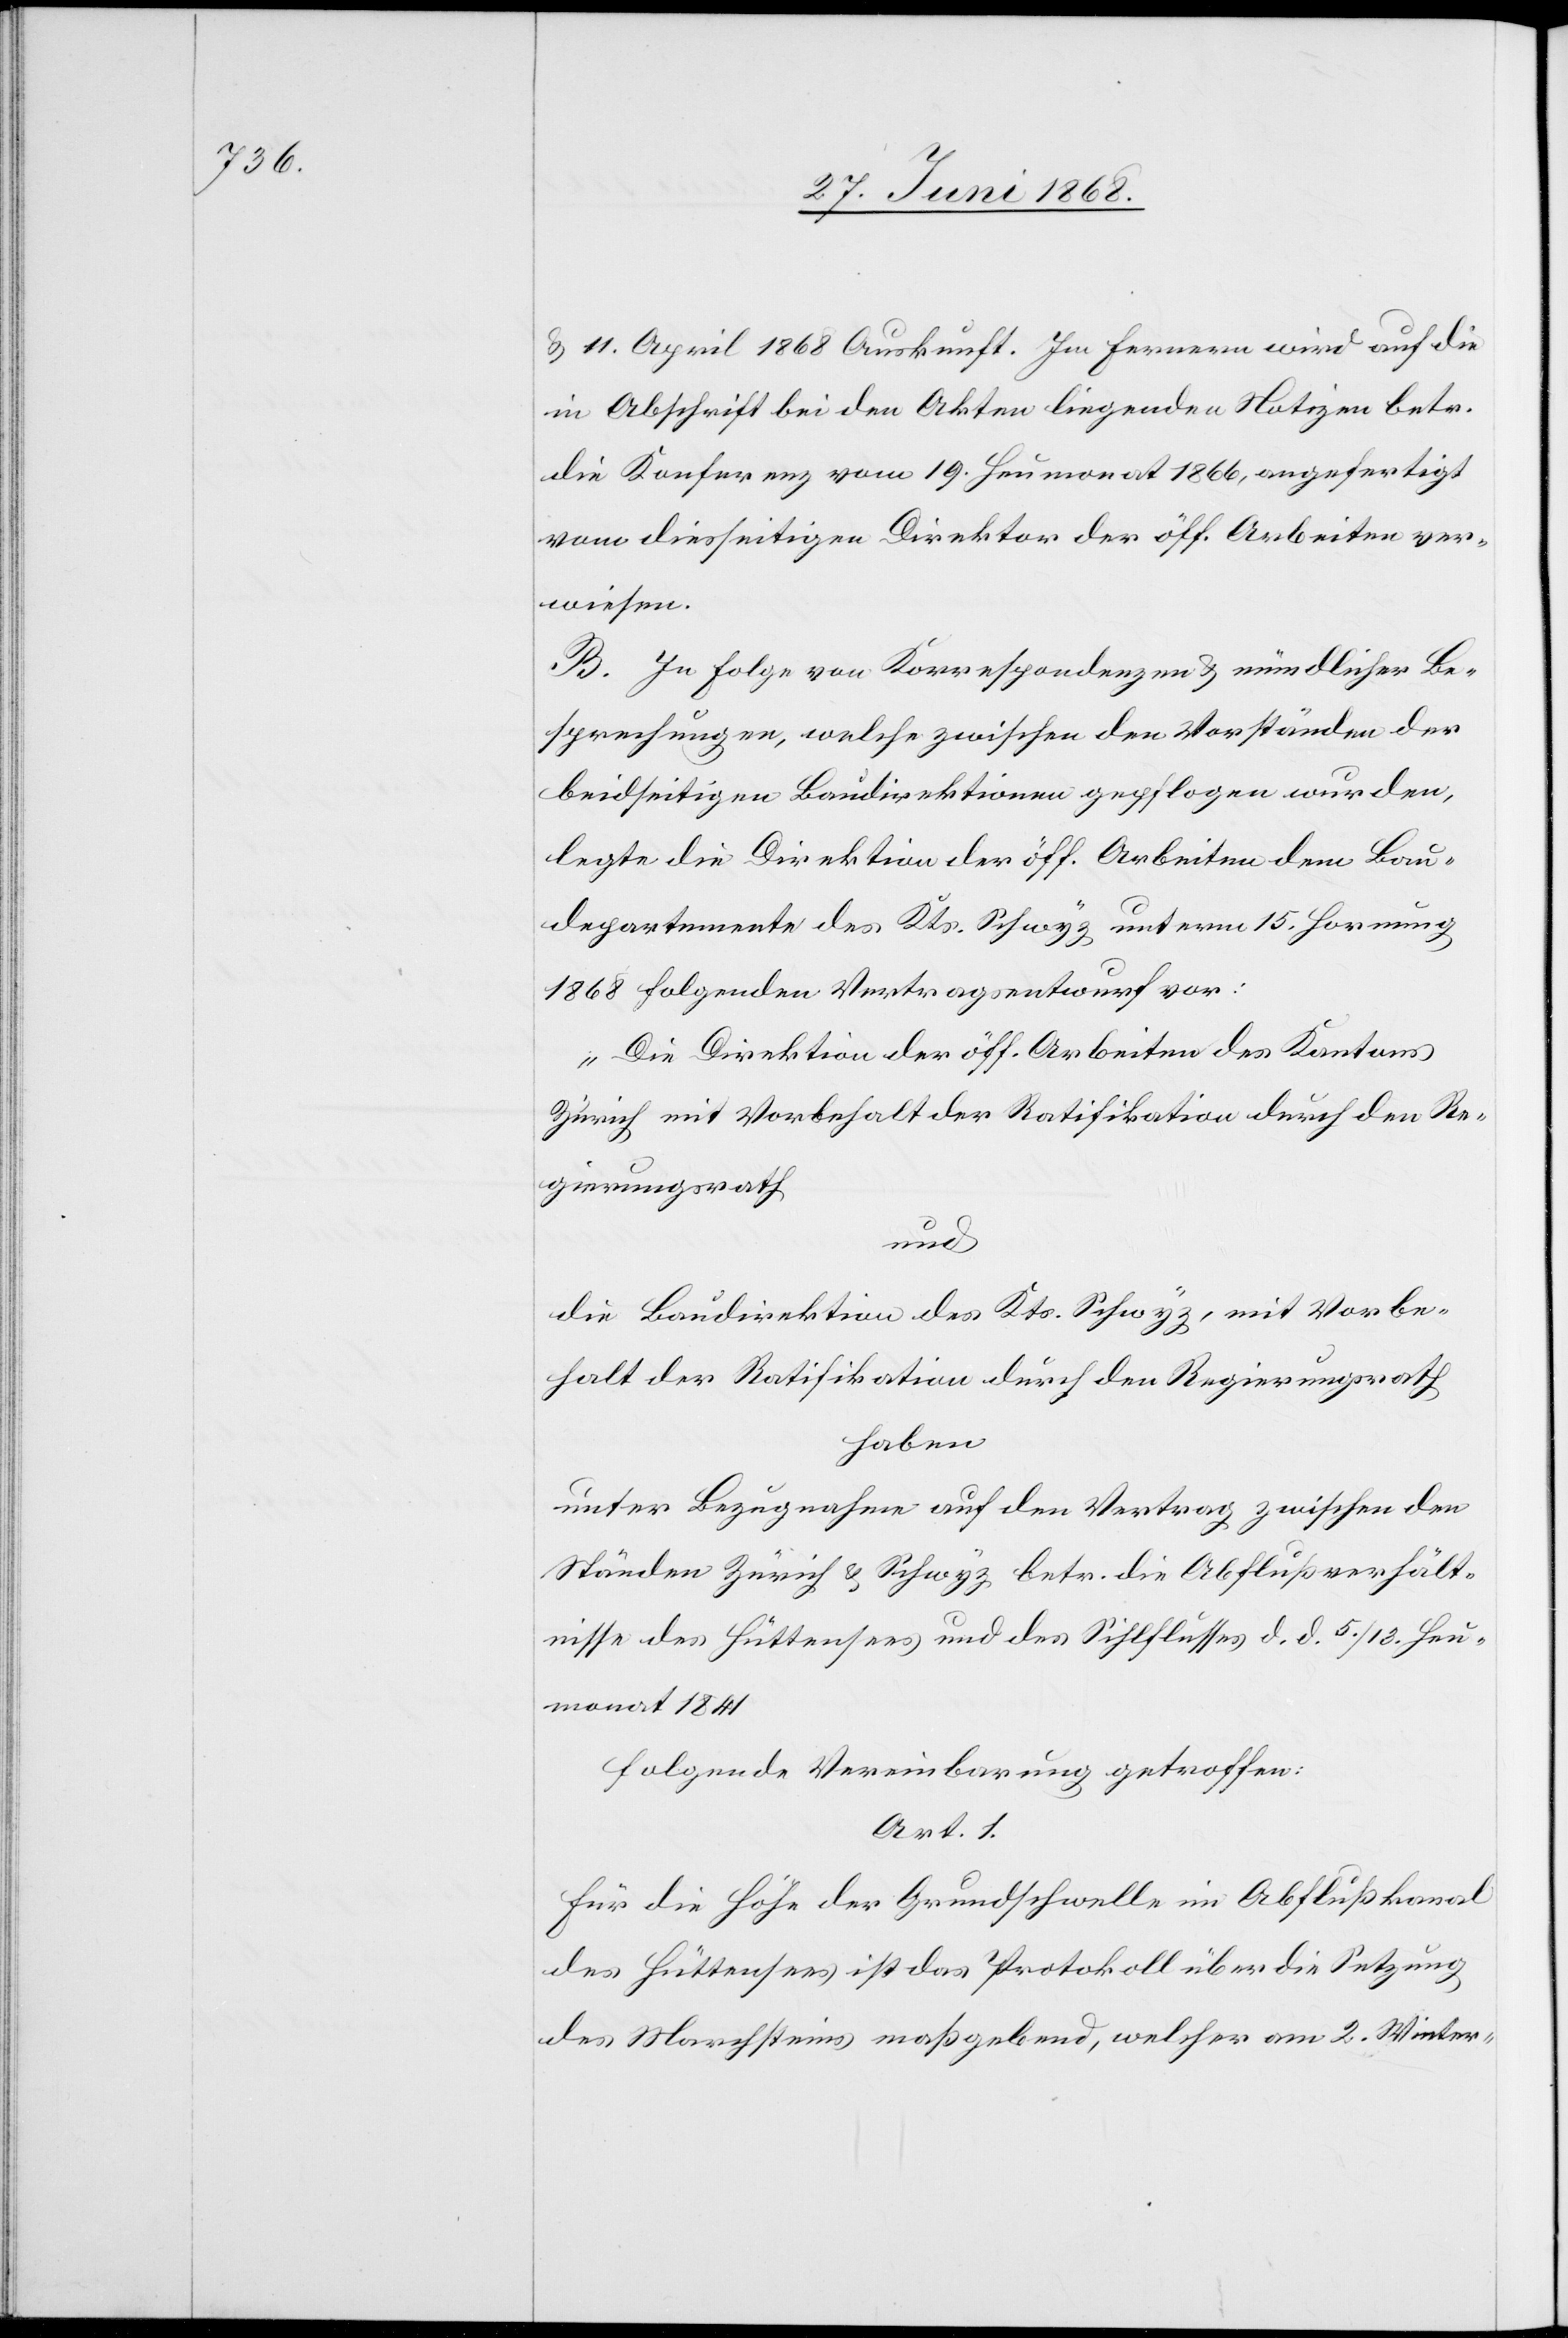
& 11. April 1868 Auskunft. Im Fernern wird auf die
in Abschrift bei den Akten liegenden Notizen betr.
die Konferenz vom 19. Heumonat 1866, angefertigt
vom diesseitigen Direktor der öff. Arbeiten ver¬
wiesen.
B. In Folge von Korrespondenzen & mündlicher Be¬
sprechungen, welche zwischen den Vorständen der
beidseitigen Baudirektionen gepflogen wurden,
legte die Direktion der öff. Arbeiten dem Bau¬
departemente des Kts. Schwyz unterm 15. Hornung
1868 folgenden Vertragsentwurf vor:
„Die Direktion der öff. Arbeiten des Kantons
Zürich mit Vorbehalt der Ratifikation durch den Re¬
gierungsrath
und
die Baudirektion des Kts. Schwyz, mit Vorbe¬
halt der Ratifikation durch den Regierungsrath
haben
unter Bezugnahme auf den Vertrag zwischen den
Ständen Zürich & Schwyz betr. die Abflußverhält¬
nisse des Hüttensees und des Sihlflusses d. d. 5. / 13. Heu¬
monat 1841
folgende Vereinbarung getroffen:
Art. 1.
Für die Höhe der Grundschwelle im Abflußkanal
des Hüttensees ist das Protokoll über die Setzung
des Marchsteins maßgebend, welcher am 2. Winter-